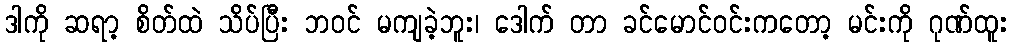
ဒါကို ဆရာ့ စိတ်ထဲ သိပ်ပြီး ဘဝင် မကျခဲ့ဘူး၊ ဒေါက် တာ ခင်မောင်ဝင်းကတော့ မင်းကို ဂုဏ်ထူး